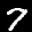
Label: 7